Civil Veterinary Department. United Provinces 1932-42 - 1932-1942
Year: 1932
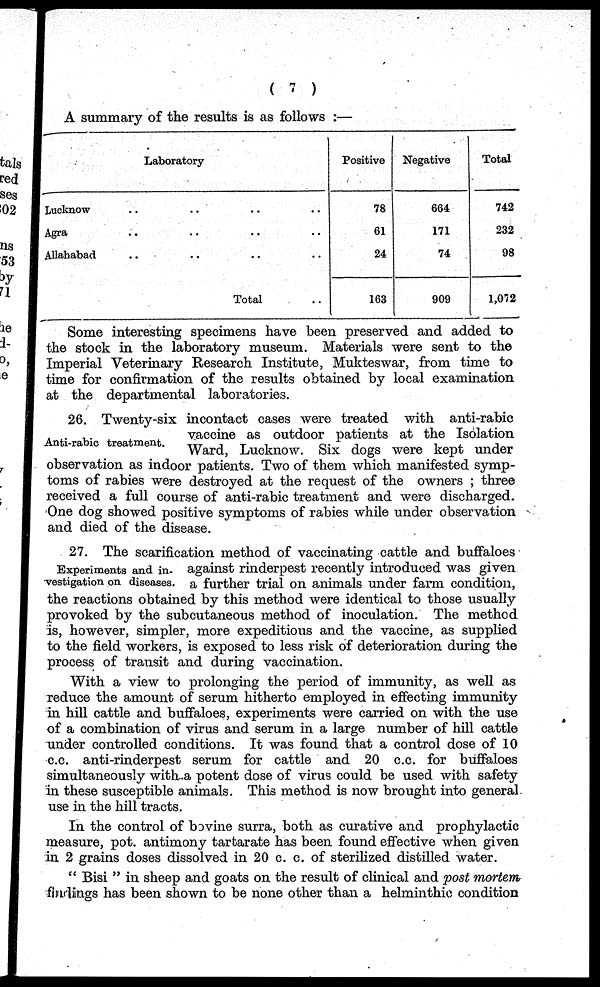
( 7 )
A summary of the results is as follows:—
Laboratory
Lucknow .. .. .. ..
Agra .. .. .. ..
Allahabad .. .. .. ..
Total ..
Positive
78
61
24
163
Negative
664
171
74
909
Total
742
232
98
1,072
Some interesting specimens have been preserved and added to
the stock in the laboratory museum. Materials were sent to the
Imperial Veterinary Research Institute, Mukteswar, from time to
time for confirmation of the results obtained by local examination
at the departmental laboratories.
Anti-rabic treatment.
26. Twenty-six incontact cases were treated with anti-rabic
vaccine as outdoor patients at the Isolation
Ward, Lucknow. Six dogs were kept under
observation as indoor patients. Two of them which manifested symp-
toms of rabies were destroyed at the request of the owners; three
received a full course of anti-rabic treatment and were discharged.
One dog showed positive symptoms of rabies while under observation
and died of the disease.
Experiments and in-
vestigation on diseases.
27. The scarification method of vaccinating cattle and buffaloes
against rinderpest recently introduced was given
a further trial on animals under farm condition,
the reactions obtained by this method were identical to those usually
provoked by the subcutaneous method of inoculation. The method
is, however, simpler, more expeditious and the vaccine, as supplied
to the field workers, is exposed to less risk of deterioration during the
process of transit and during vaccination.
With a view to prolonging the period of immunity, as well as
reduce the amount of serum hitherto employed in effecting immunity
in hill cattle and buffaloes, experiments were carried on with the use
of a combination of virus and serum in a large number of hill cattle
under controlled conditions. It was found that a control dose of 10
c.c. anti-rinderpest serum for cattle and 20 c.c. for buffaloes
simultaneously with a potent dose of virus could be used with safety
in these susceptible animals. This method is now brought into general
use in the hill tracts.
In the control of bovine surra, both as curative and prophylactic
measure, pot antimony tartarate has been found effective when given
in 2 grains doses dissolved in 20 c. c. of sterilized distilled water.
" Bisi " in sheep and goats on the result of clinical and post mortem
findings has been shown to be none other than a helminthic condition